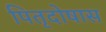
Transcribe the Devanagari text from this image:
पितृदोषास